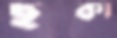
ছট্‌কা